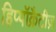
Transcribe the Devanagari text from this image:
हिप्पॉक्रैटीज़